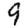
Digit: 9